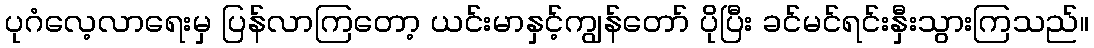
ပုဂံလေ့လာရေးမှ ပြန်လာကြတော့ ယင်းမာနှင့်ကျွန်တော် ပိုပြီး ခင်မင်ရင်းနှီးသွားကြသည်။